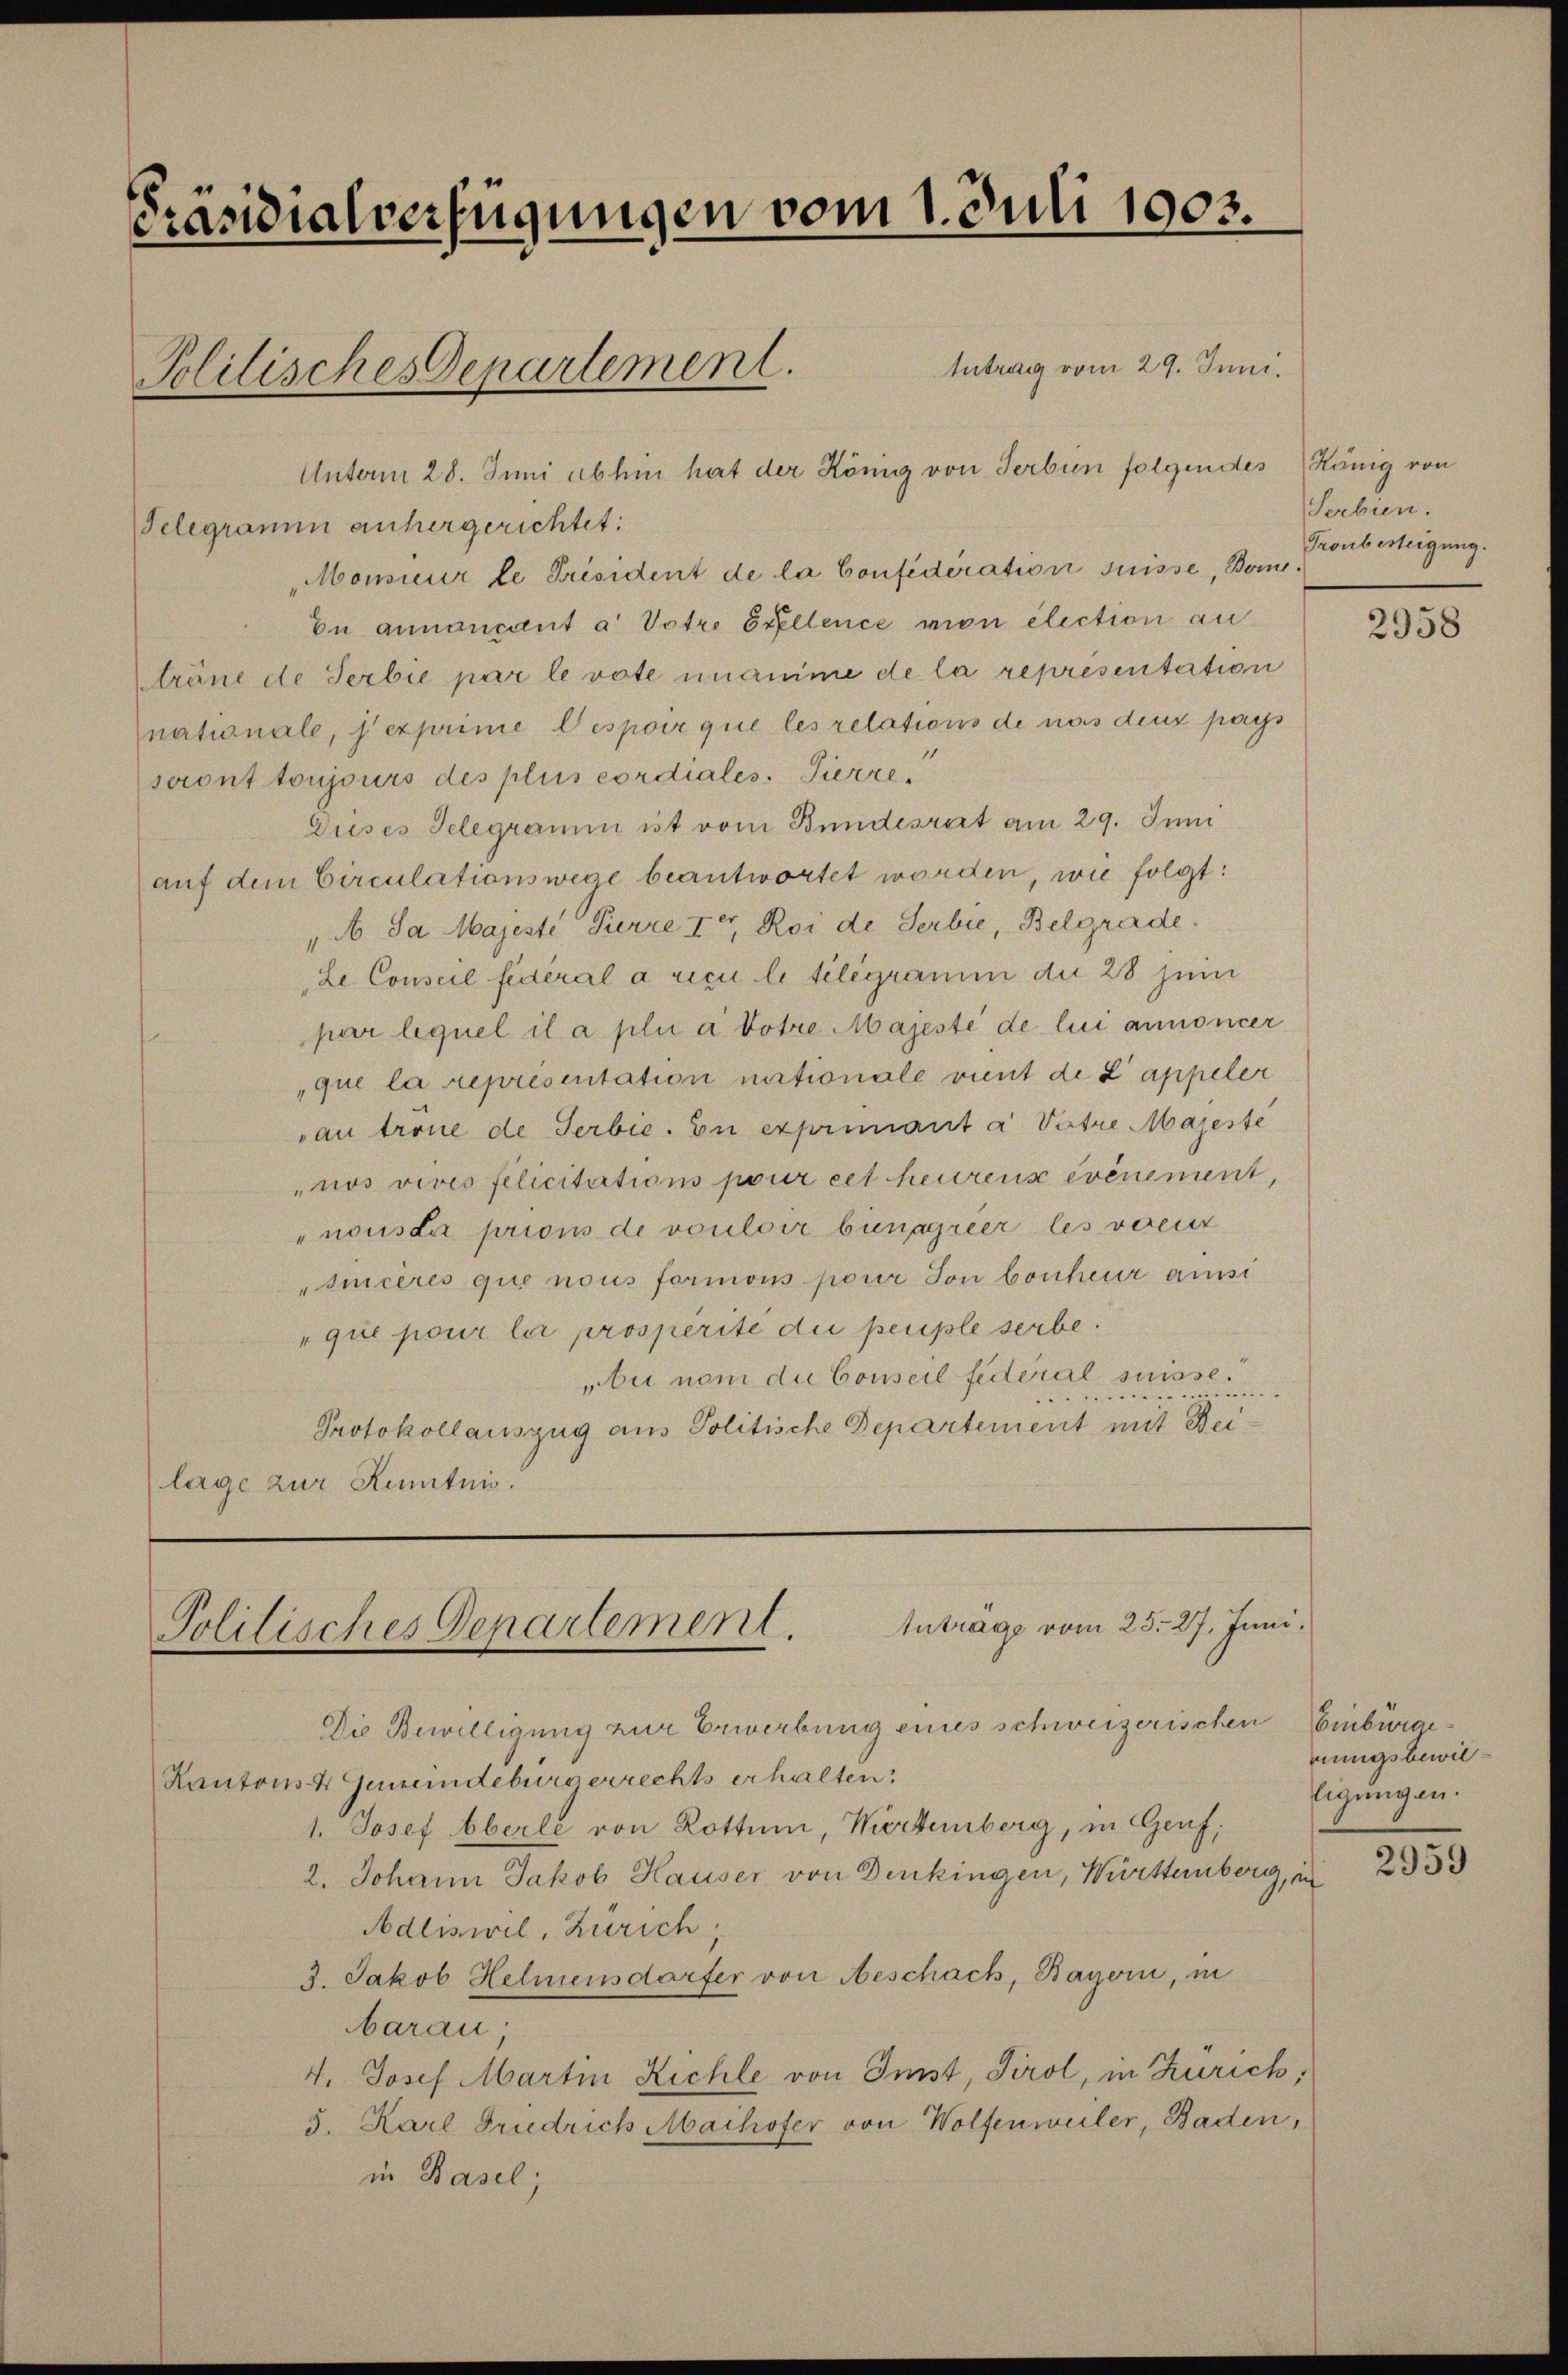
Präsidialverfügungen vom 1. Juli 1903.

Antrag vom 29. Juni.
Unterm 28. Juni abhin hat der König von Serbin folgendes König von
Telegramm anhergerichtet:
Monsieur le Président de la Confideration suisse, Bone.
En ainancant a Votze Stellence mon élection au
tröne de Serbie par le vote unamme de la representation
nationale, exprime Despoir que les relations de nas deux pays
seront toujours des plus cordiales. Pierre
Dieses Telegramm ist vom Bundesrett am 29. Juni
auf dem Circulationswege beantwortet worden, wie folgt:
„A Sa Majeste Pierre Io Roi de Serbie, Belgrade.
Le Conseil fédéral a riculi telegramm du 28 sein
par lequel il a plui a Dotre Majesté de lui annoncer
que la représentation nationale vint de Lappeler
au trone de Serbie. En exprimant a Vätze Majeste
nos vives felicitations pour cet heurense événement,
"nousta prions de vouloir bunagreer les voeu
siiceres que nous formons pour son bonheur anst
que pour la prosperite die peuple serbe.
bei nom die Conseil federal suisse.
Protokollauszug aus Politische Departement mit Beilage zur Kenntnis.

Politisches Departement.

Antrage vom 25. 27. Juni.
Politisches Departement.

Die Bewilligung zur Erwerbung eines schweizerischen Einbürge¬
Kantons 4 Gemeindebürgerrechts erhalten.
1. Josef Oberle von Rottum, Viertemberg, in Genf,
2. Johann Jakob Hauser von Denkingen, Württemberg, in
Adliswil, Zürich.
3. Jakob Helmensdorfer von Aeschach, Bayern, in
barau
4. Josef Martin Richte von Imst, Tirol, in Zürich,
5. Karl Friedrich Maihofer von Wolfenweiler, Baden,
in Basel;

Serbien.
Tronbesteigung.

2958

nungsbewilligungen.
2959